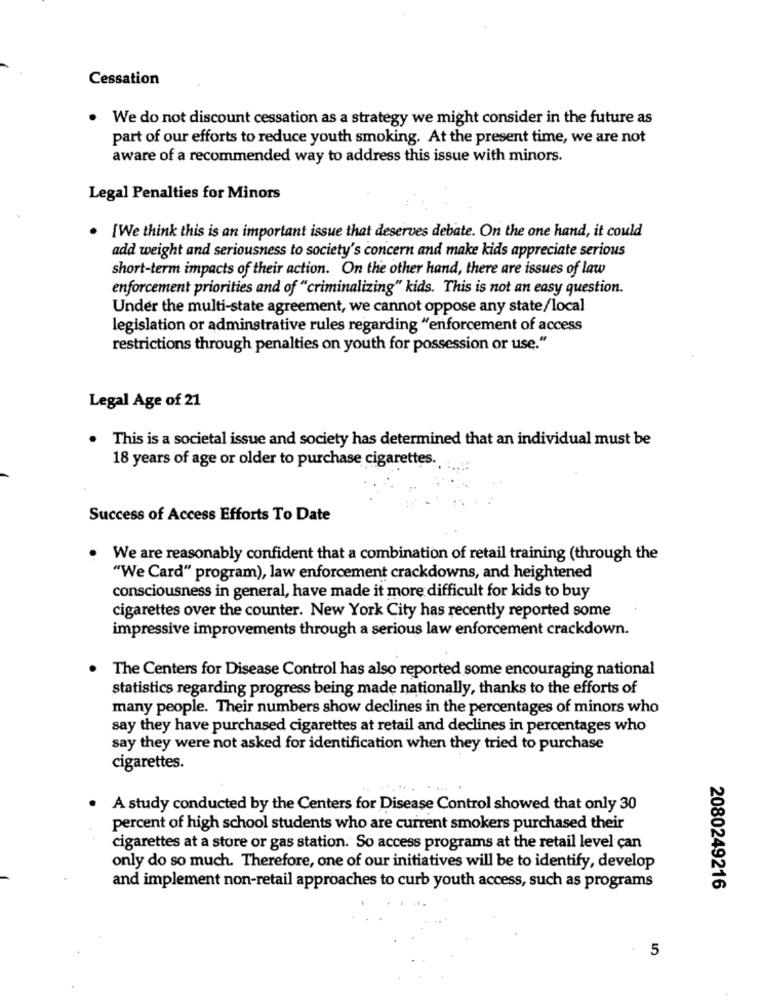
Cessation
. We do not discount cessation as a strategy we might consider in the future as
part of our efforts to reduce youth smoking. At the present time, we are not
aware of a recommended way to address this issue with minors.
Legal Penalties for Minors
[We think this is an important issue that deserves debate. On the one hand, it could
add weight and seriousness to society's concern and make kids appreciate serious
short-term impacts of their action. On the other hand, there are issues of law
enforcement priorities and of "criminalizing" kids. This is not an easy question.
Under the multi-state agreement, we cannot oppose any state/local
legislation or adminstrative rules regarding "enforcement of access
restrictions through penalties on youth for possession or use."
Legal Age of 21
This is a societal issue and society has determined that an individual must be
18 years of age or older to purchase cigarettes.
Success of Access Efforts To Date
We are reasonably confident that a combination of retail training (through the
"We Card" program), law enforcement crackdowns, and heightened
consciousness in general, have made it more difficult for kids to buy
cigarettes over the counter. New York City has recently reported some
impressive improvements through a serious law enforcement crackdown.
The Centers for Disease Control has also reported some encouraging national
statistics regarding progress being made nationally, thanks to the efforts of
many people. Their numbers show declines in the percentages of minors who
say they have purchased cigarettes at retail and declines in percentages who
say they were not asked for identification when they tried to purchase
cigarettes.
A study conducted by the Centers for Disease Control showed that only 30
percent of high school students who are current smokers purchased their
cigarettes at a store or gas station. So access programs at the retail level çan
only do so much. Therefore, one of our initiatives will be to identify, develop
and implement non-retail approaches to curb youth access, such as programs
2080249216
5